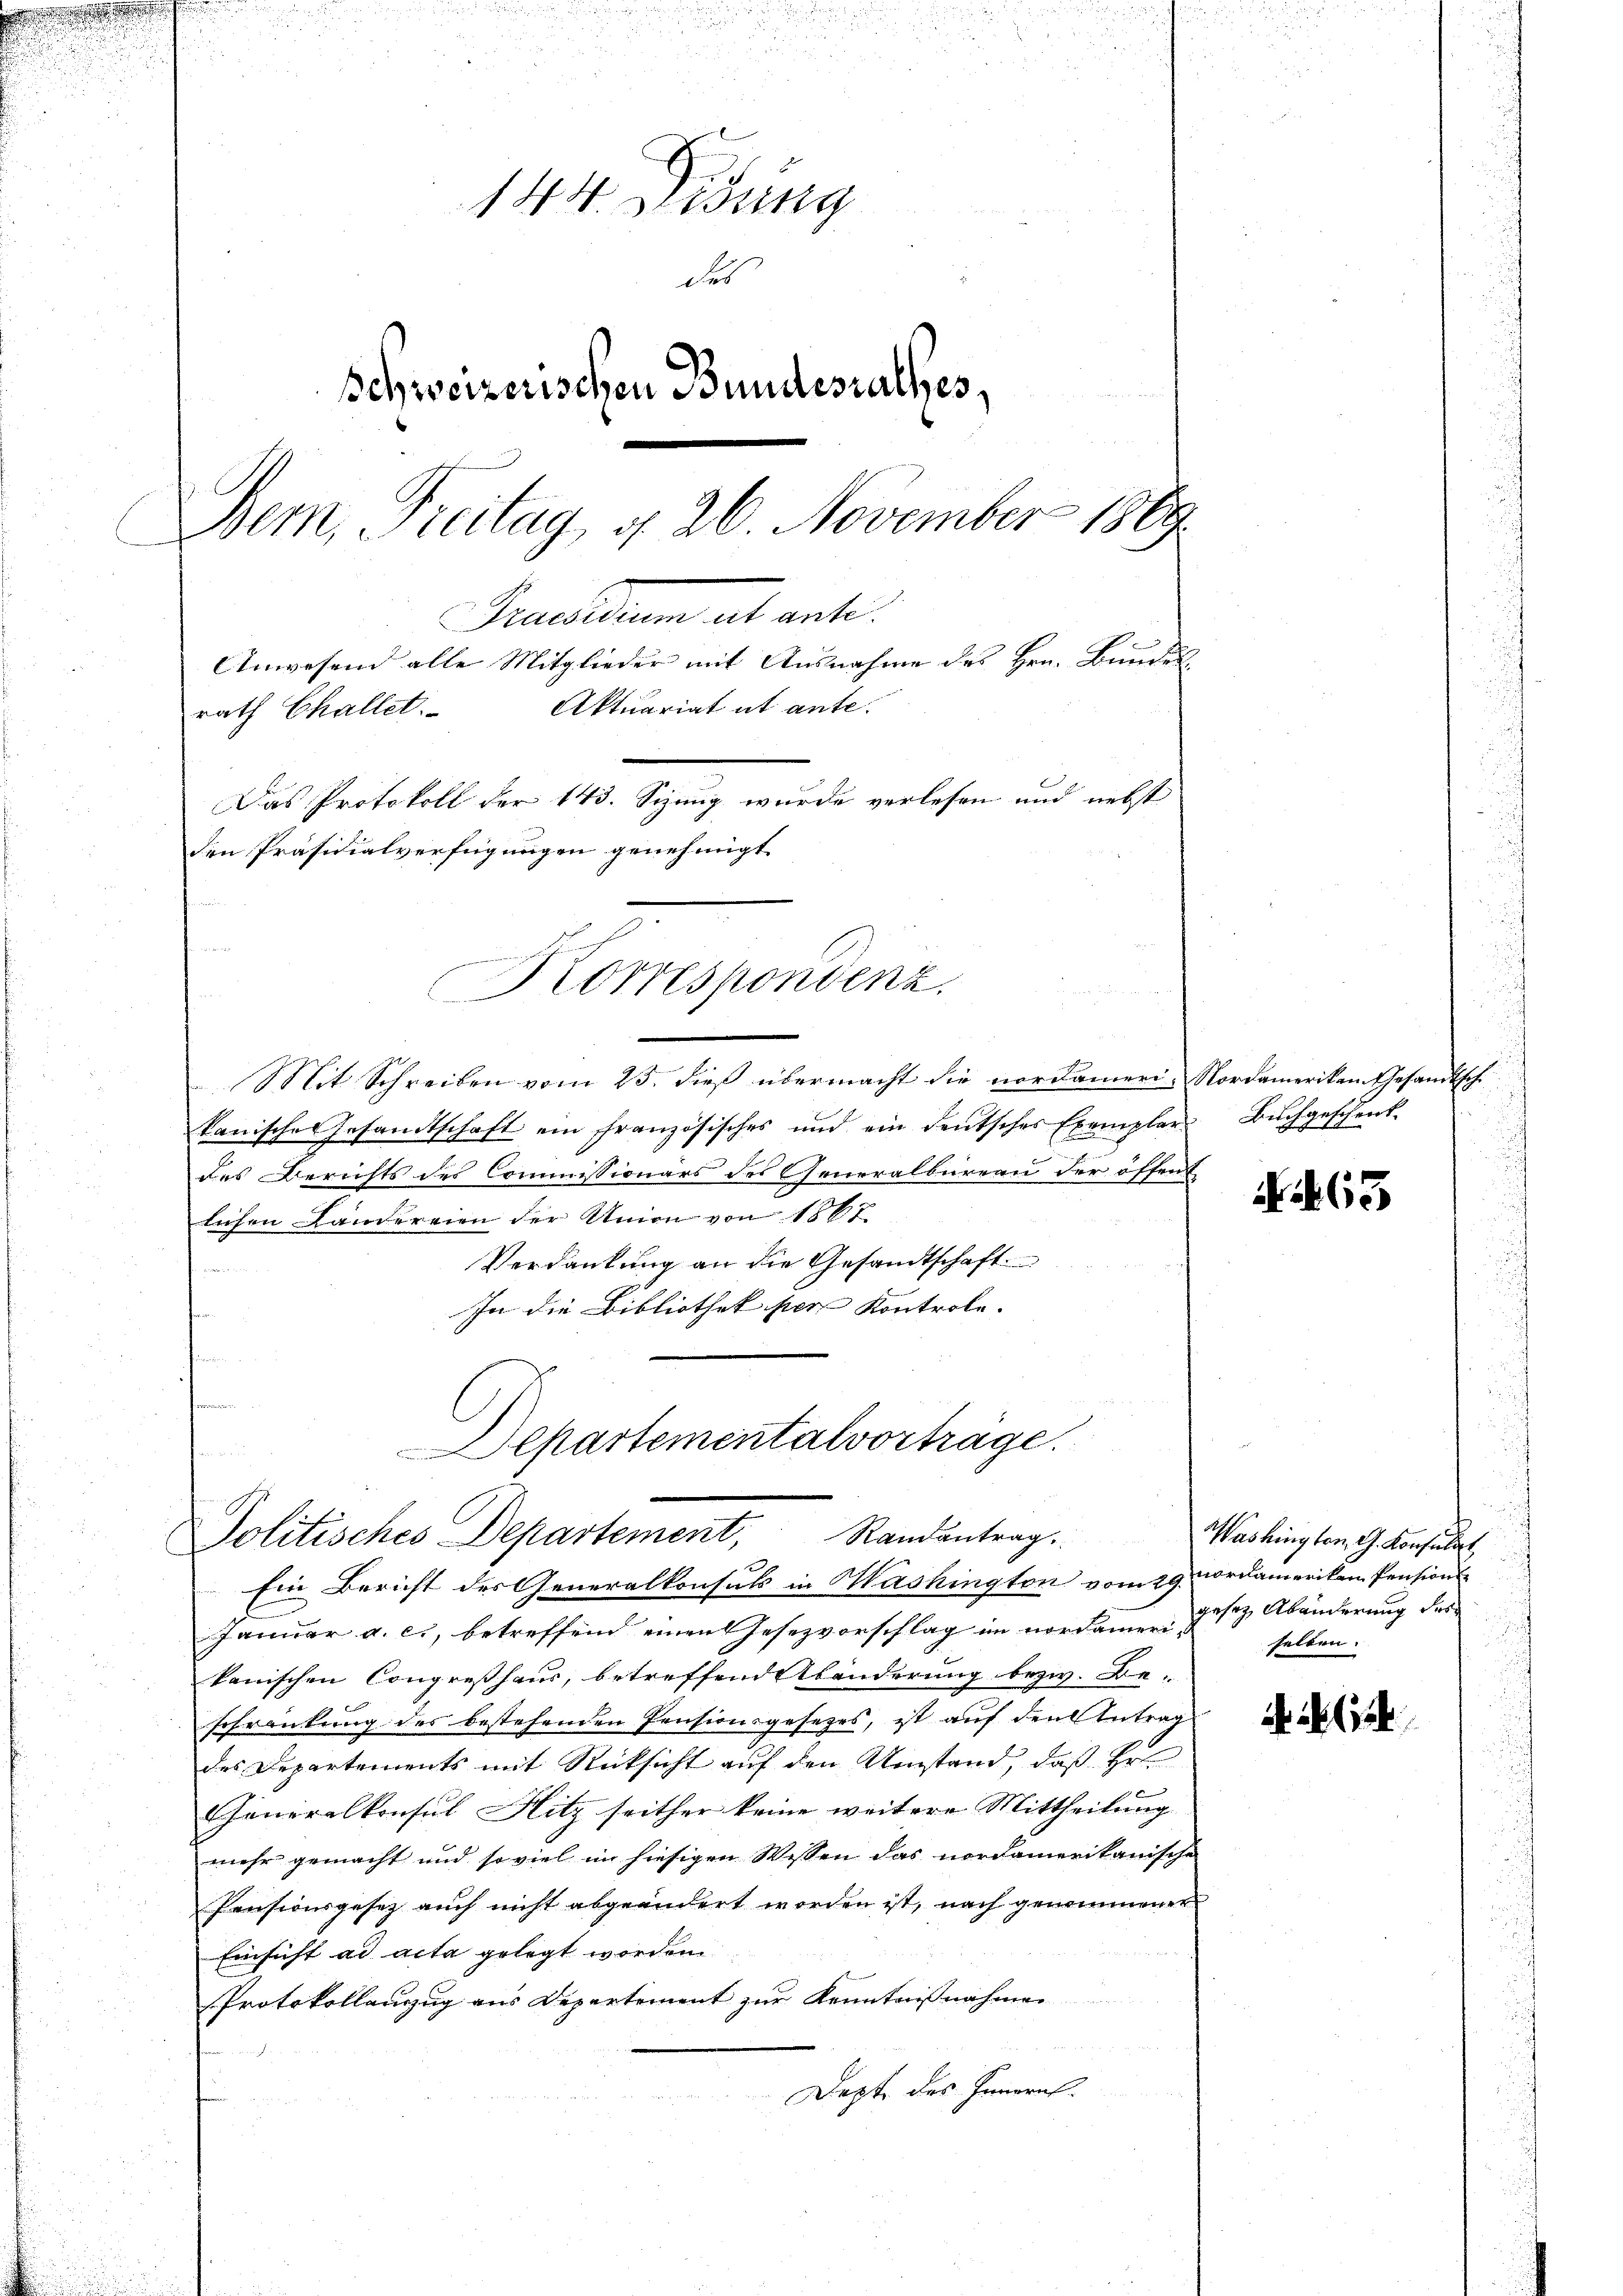
144. Didung
des
Schweizerischen Bundesrathes
Bem, Freitag, d. 26. November 1869
Precarium ab ante
Anwesend alle Mitglieder mit Ausnahme des Hrn. Bundes
Aktuariat ut ante.
rath Challet.
Das Protokoll der 143. Sizung wurde verlesen und nebst
den Präsidialverfügungen genehmigt.

am
Korrespondenz.

Mit Schreiben vom 25. dieß übermacht die nordameri-Nordamerikan Gesandtsch
kanische Gesandtschaft ein französisches und ein deutsches Exemplar Bŭchgeschenk
des Berichts des Commissionärs des Generalbureau der öffend
lichen Landereien der Union von 1862.
Verdankung an die Gesandtschaft
In die Bibliothek per Kontrole.

Departementalvorträge.
Politisches Departement, Randantrag. Washingten G. Konsultat,
Ein Bericht des Generalkonsuls in Mashington vom 29. Nordameriken Pensions-

Januar a. c., betreffend einen Gesezvorschlag im nordamen gesetz Abänderung des
kanischen Congreshaus, betreffend Abänderung bezw. Be-
schränkung des bestehenden Pensionsgesezes, ist auf den Antrag
des Departements mit Rücksicht auf den Umstand, daß Hr.
Generalkonsul Hitz seither keine weitere Mittheilung
mehr gemacht und so viel im hiesigen Wissen das nordamerikanische
Pensionsgesez auch nicht abgeändert worden ist, nach genommener
Einsicht ad acta gelegt worden.
Protokollauszug aus Departement zur Kenntnißnahmen
Depte des Innerel

N63

selben.

4 (124